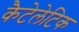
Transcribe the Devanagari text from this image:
कैटेलेटिक